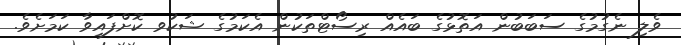
ވެލި ނެގުމުގެ ސަބަބުން އަތޮޅުގެ ބައެއް ރިސޯޓްތަކުން އެކަމުގެ ޝަކުވ ކޮށްފައިވާ ކަމަށެވެ.